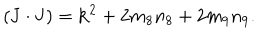
( { \bf J } \cdot { \bf J } ) = { \bf k } ^ { 2 } + 2 m _ { 8 } n _ { 8 } + 2 m _ { 9 } n _ { 9 } .